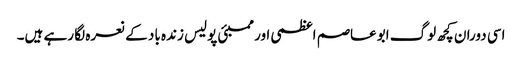
اسی دوران کچھ لوگ ابوعاصم اعظمی اور ممبئی پولیس زندہ باد کے نعرہ لگا رہے ہیں۔